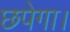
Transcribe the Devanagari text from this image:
छपेगा।